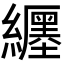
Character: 𬘉